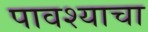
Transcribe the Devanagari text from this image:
पावश्याचा